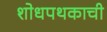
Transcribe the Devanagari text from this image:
शोधपथकाची